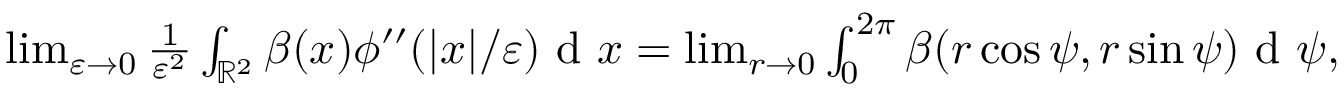
\begin{array} { r } { \operatorname* { l i m } _ { \varepsilon \to 0 } \frac { 1 } { \varepsilon ^ { 2 } } \int _ { \mathbb { R } ^ { 2 } } \beta ( x ) \phi ^ { \prime \prime } ( | x | / \varepsilon ) \textrm { d } x = \operatorname* { l i m } _ { r \to 0 } \int _ { 0 } ^ { 2 \pi } \beta ( r \cos \psi , r \sin \psi ) \textrm { d } \psi , } \end{array}